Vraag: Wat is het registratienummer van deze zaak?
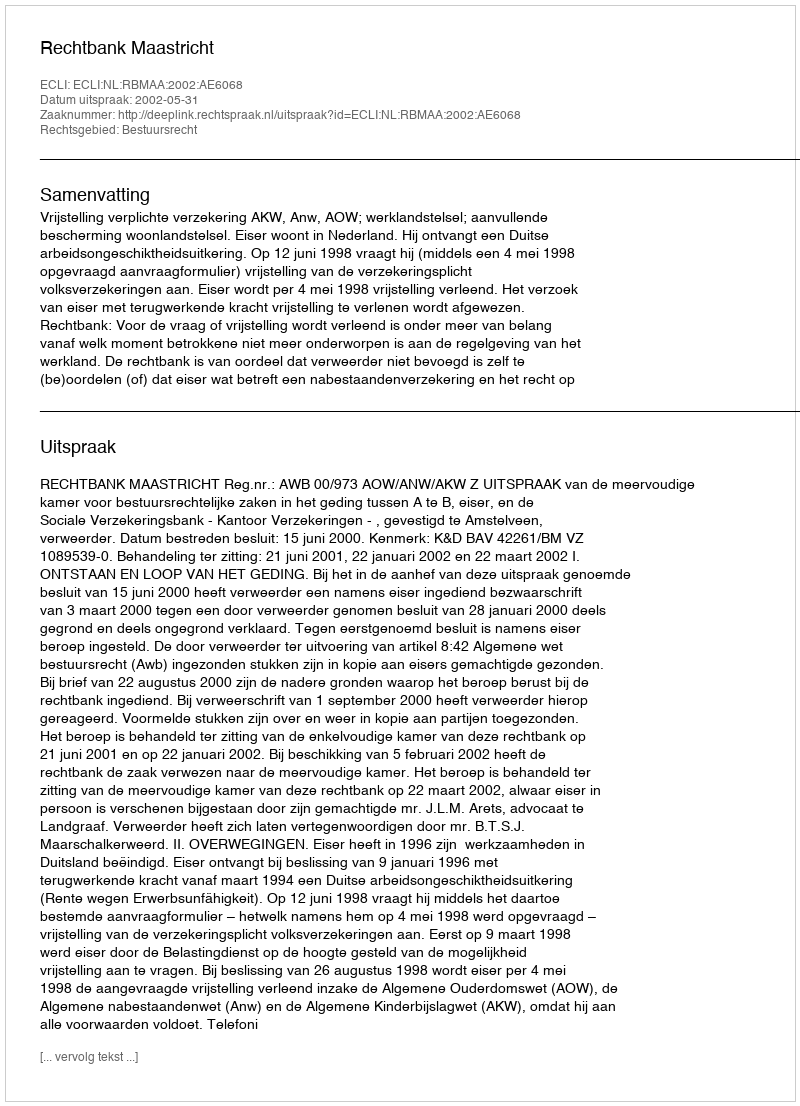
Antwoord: http://deeplink.rechtspraak.nl/uitspraak?id=ECLI:NL:RBMAA:2002:AE6068